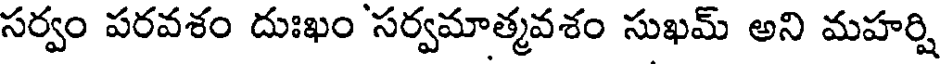
సర్వం పరవశం దుఃఖం సర్వమాత్మవశం సుఖమ్ అని మహర్షి